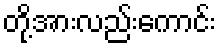
တို့အားလည်းကောင်း